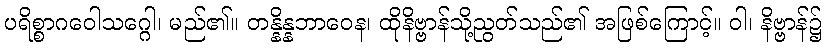
ပရိစ္စာဂဝေါသဂ္ဂေါ၊ မည်၏။ တန္နိန္နဘာဝေန၊ ထိုနိဗ္ဗာန်သို့ညွတ်သည်၏ အဖြစ်ကြောင့်။ ဝါ၊ နိဗ္ဗာန်၌